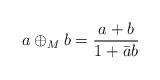
LaTeX: \begin{align*}a\oplus_M b = \frac{a+b}{1+\bar{a}b}\end{align*}